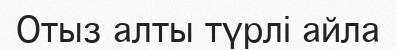
Отыз алты түрлі айла